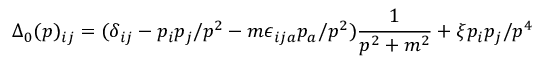
\Delta _ { 0 } ( p ) _ { i j } = ( \delta _ { i j } - p _ { i } p _ { j } / p ^ { 2 } - m \epsilon _ { i j a } p _ { a } / p ^ { 2 } ) \frac { 1 } { p ^ { 2 } + m ^ { 2 } } + \xi p _ { i } p _ { j } / p ^ { 4 }